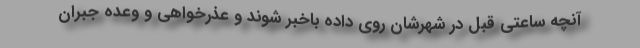
آنچه ساعتی قبل در شهرشان روی داده باخبر شوند و عذرخواهی و وعده جبران